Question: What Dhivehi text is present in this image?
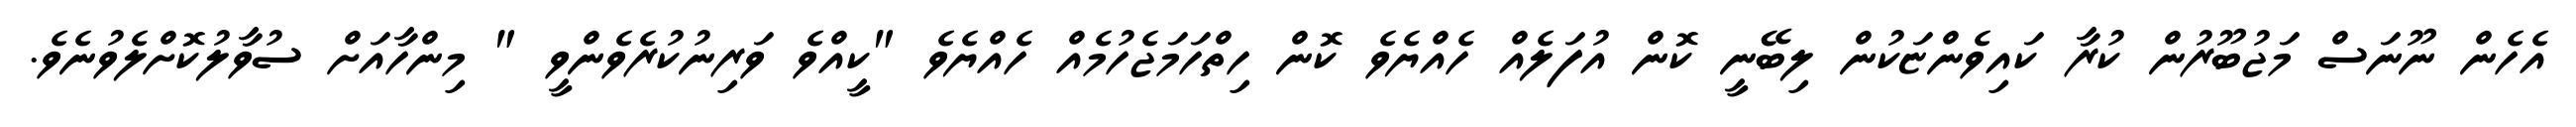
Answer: އެހެން ނޫނަސް މަޖުބޫރުން ކުރާ ކައިވެންޏަކުން ލިބޭނީ ކޮން އުފަލެއް ހެއްޔެވެ ކޮން ހިތްހަމަޖެހުމެއް ހެއްޔެވެ "ކީއްވެ ވަރިނުކުރެވެންވީ " މިންހާއަށް ސުވާލުކޮށްލެވުނެވެ.